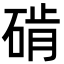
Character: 𬒔